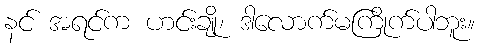
နင် အရင်က ဟင်းချို၊ ဒါလောက်မကြိုက်ပါဘူး။